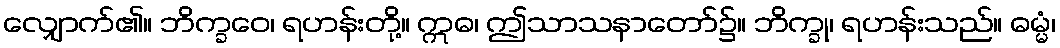
လျှောက်၏။ ဘိက္ခဝေ၊ ရဟန်းတို့။ ဣဓ၊ ဤသာသနာတော်၌။ ဘိက္ခု၊ ရဟန်းသည်။ ဓမ္မံ၊